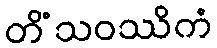
တိံသဝဿိကံ